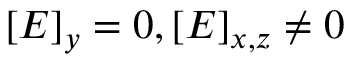
[ \boldsymbol { E } ] _ { y } = 0 , [ \boldsymbol { E } ] _ { x , z } \neq 0